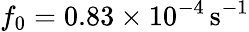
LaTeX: f_{0}=0.83\times 10^{-4}\, \mathrm{s^{-1}}